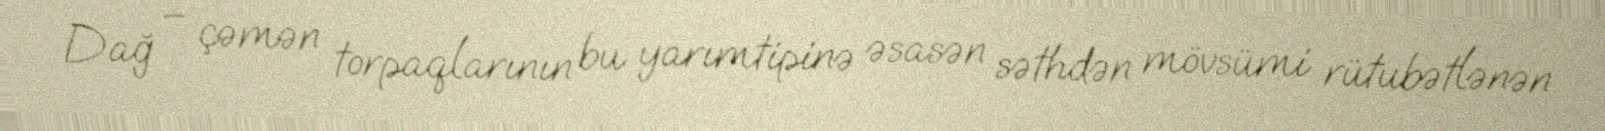
Dağ – çəmən torpaqlarının bu yarımtipinə əsasən səthdən mövsümi rütubətlənən